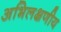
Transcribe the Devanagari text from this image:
अभिलक्षणीय